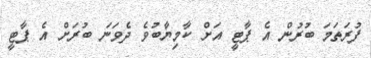
ފުރަތަމަ ބުރުން އެ ޕާޓީ އަށް ކާމިޔާބުވެ ދެވަނަ ބުރަށް އެ ޕާޓީ